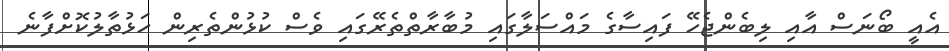
އެއީ ބޯނަސް އާއި ލިބެންޖެހޭ ފައިސާގެ މައްސަލާގައި މުބާރާތްތެރޭގައި ވެސް ކުޅުންތެރިން ހަޅުތާލުކޮށްފާނެ